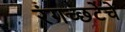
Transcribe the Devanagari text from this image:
रंगच्‍छटेचे